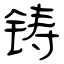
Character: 铸